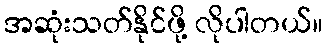
အဆုံးသတ်နိုင်ဖို့ လိုပါတယ်။